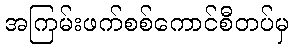
အကြမ်းဖက်စစ်ကောင်စီတပ်မှ